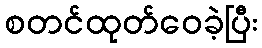
စတင်ထုတ်ဝေခဲ့ပြီး